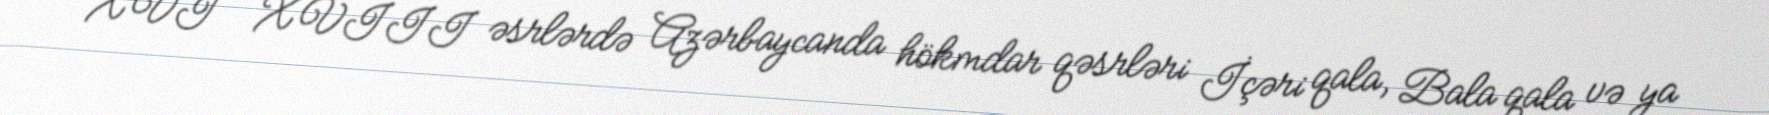
XVI – XVIII əsrlərdə Azərbaycanda hökmdar qəsrləri İçəri qala, Bala qala və ya